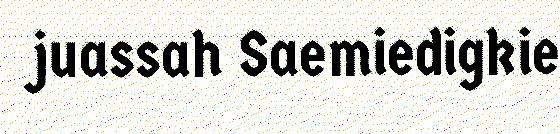
juassah Saemiedigkie